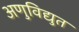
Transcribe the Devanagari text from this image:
अणुविद्युत